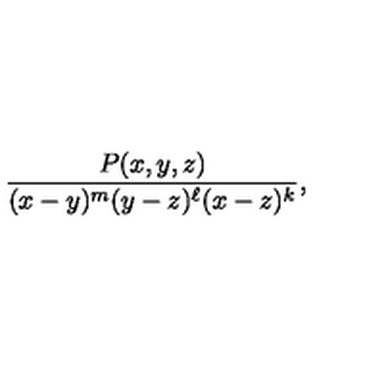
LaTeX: \frac { P ( x , y , z ) } { ( x - y ) ^ { m } ( y - z ) ^ { \ell } ( x - z ) ^ { k } } , \quad